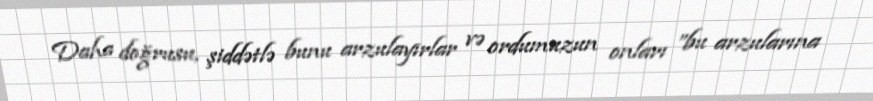
Daha doğrusu, şiddətlə bunu arzulayırlar və ordumuzun onları ”bu arzularına